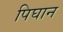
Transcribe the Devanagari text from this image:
पिघान